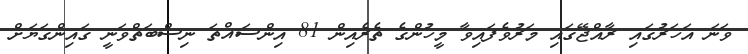
ވަނަ އަހަރުގައި ރާއްޖޭގައި މަރުވެފައިވާ މީހުންގެ ތެރެއިން 81 އިންސައްތަ ނިސްބަތްވަނީ ގައިންގަޔަށް